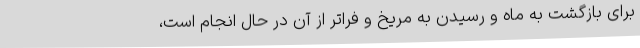
برای بازگشت به ماه و رسیدن به مریخ و فراتر از آن در حال انجام است،